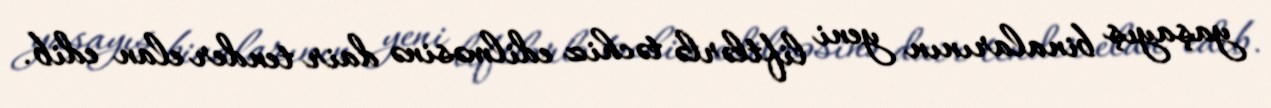
yaşayış binalarının yeni liftlərlə təchiz edilməsinə dair tender elan edib.